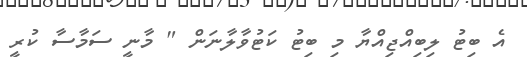
އެ ބިޓު ލިބިއްޖިއްޔާ މި ބިޓު ކަޓުވާލާނަން " މާނީ ސަމާސާ ކުރީ